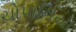
ચોપાનિયા